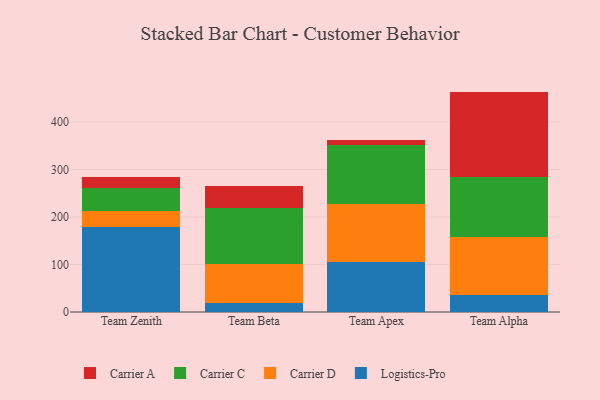
{"axis": {"x": "Team", "y": "Gross Profit (USD K)"}, "legend": ["Carrier A", "Carrier C", "Carrier D", "Logistics-Pro"], "data": [{"x": "Team Zenith", "y": 179.7, "type": "Logistics-Pro"}, {"x": "Team Zenith", "y": 34.0, "type": "Carrier D"}, {"x": "Team Zenith", "y": 46.5, "type": "Carrier C"}, {"x": "Team Zenith", "y": 24.5, "type": "Carrier A"}, {"x": "Team Beta", "y": 19.4, "type": "Logistics-Pro"}, {"x": "Team Beta", "y": 80.7, "type": "Carrier D"}, {"x": "Team Beta", "y": 118.5, "type": "Carrier C"}, {"x": "Team Beta", "y": 46.3, "type": "Carrier A"}, {"x": "Team Apex", "y": 104.9, "type": "Logistics-Pro"}, {"x": "Team Apex", "y": 122.8, "type": "Carrier D"}, {"x": "Team Apex", "y": 124.6, "type": "Carrier C"}, {"x": "Team Apex", "y": 10.9, "type": "Carrier A"}, {"x": "Team Alpha", "y": 36.4, "type": "Logistics-Pro"}, {"x": "Team Alpha", "y": 122.4, "type": "Carrier D"}, {"x": "Team Alpha", "y": 125.9, "type": "Carrier C"}, {"x": "Team Alpha", "y": 179.5, "type": "Carrier A"}]}